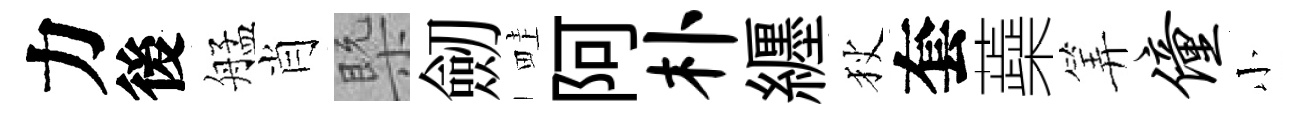
力後艋肖槩劒畦阿朴纒狄套蘃筭僮小